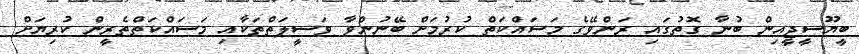
ބީޔޫސީޖީއިން ބުނާ ގޮތުގައި ރަންވޭގެ މަސައްކަތް ކުރުމަށް ބޭނުންވާ ވަސީލަތްތަކާއި މަސައްކަތްތެރީން ކުރިޔަށް